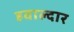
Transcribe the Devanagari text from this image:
हवाल्दार